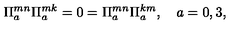
\Pi _ { a } ^ { m n } \Pi _ { a } ^ { m k } = 0 = \Pi _ { a } ^ { m n } \Pi _ { a } ^ { k m } , \quad a = 0 , 3 ,